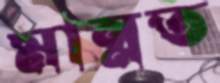
মান্নত